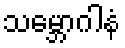
သမ္ဘောဂါနံ